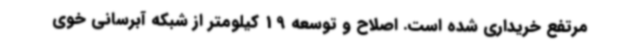
مرتفع خریداری شده است. اصلاح و توسعه 19 کیلومتر از شبکه آبرسانی خوی